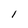
Character: 1